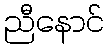
ညီနောင်